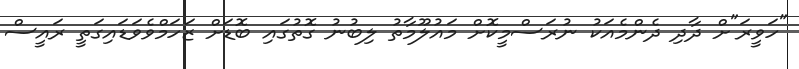
"ހަވީރަ"ށް ދާދި ދެންމެއަކު ނުރަސްމީކޮށް މައުލޫމާތު ލިބުނު ގޮތުގައި ބޮޑަށް ޒަހަމްވެވަޑައިގަތީ ރައީސް